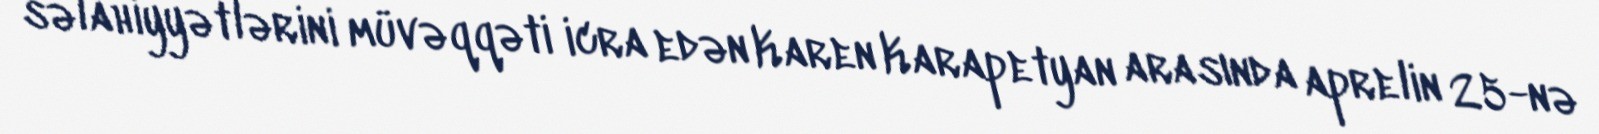
səlahiyyətlərini müvəqqəti icra edən Karen Karapetyan arasında aprelin 25-nə